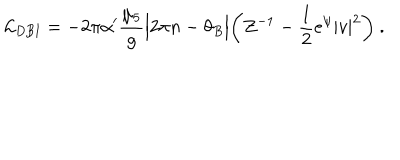
{ \cal L } _ { \mathrm { D B I } } = - 2 \pi \alpha ^ { \prime } \frac { \mu _ { 5 } } { g } \Bigl | 2 \pi n - \theta _ { B } \Bigr | \biggl ( Z ^ { - 1 } - \frac { 1 } { 2 } e ^ { \psi } | v | ^ { 2 } \biggr ) \ .